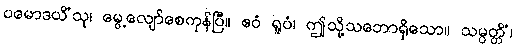
ပမောဒယိံသု၊ မွေ့လျော်စေကုန်ပြီ။ ဧဝံ ရူပံ၊ ဤသို့သဘောရှိသော။ သမ္ပတ္တိံ၊